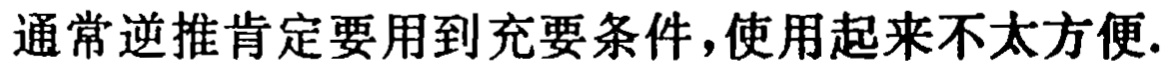
通常逆推肯定要用到充要条件，使用起来不太方便.